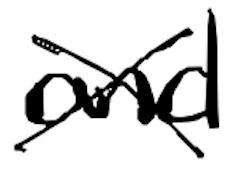
Text: and
Cross-out: cross
Writing tool: digital_black